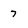
Character: 7